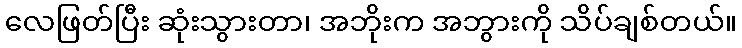
လေဖြတ်ပြီး ဆုံးသွားတာ၊ အဘိုးက အဘွားကို သိပ်ချစ်တယ်။